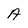
Character: A